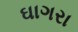
ઘાગરા